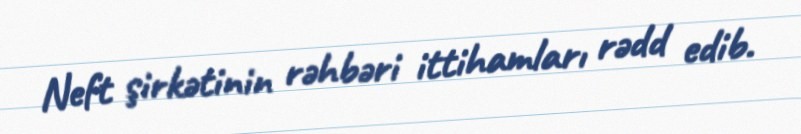
Neft şirkətinin rəhbəri ittihamları rədd edib.